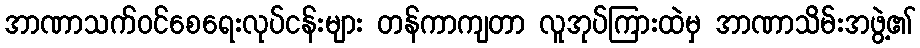
အာဏာသက်ဝင်စေရေးလုပ်ငန်းများ တန်ကာကျတာ လူအုပ်ကြားထဲမှ အာဏာသိမ်းအဖွဲ့၏